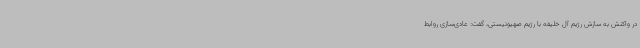
در واکنش به سازش رژیم آل خلیفه با رژیم صهیونیستی، گفت: عادی‌سازی روابط